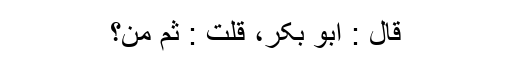
قَالَ : ابُوْ بَکْرٍ، قُلْتُ : ثُمَّ مَنْ؟